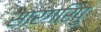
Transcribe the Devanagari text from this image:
सारंगरिपु